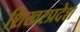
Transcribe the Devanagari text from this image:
शिखरप्रदेश